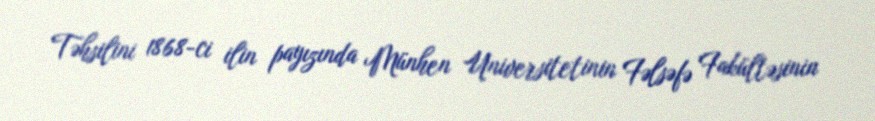
Təhsilini 1868-ci ilin payızında Münhen Universitetinin Fəlsəfə Fakültəsinin